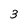
Character: 3